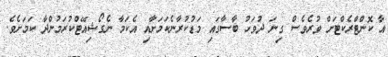
އާ ކޮންޓްރެކްޓަށް ވުރެވެސް ގިނަ ދުވަހު ބާސާގައި މަޑުކުރާނެކަމަށާއި އެކަމާ ނެގޯޝިއޭޓްކުރަމުންދާ ކަމަށެވެ.